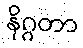
နိဂ္ဂတာ